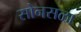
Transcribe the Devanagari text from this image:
सोनसळा